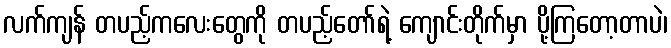
လက်ကျန် တပည့်ကလေးတွေကို တပည့်တော်ရဲ့ ကျောင်းတိုက်မှာ ပို့ကြတော့တာပဲ၊